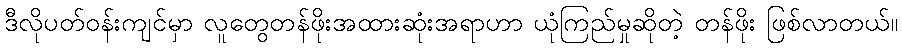
ဒီလိုပတ်ဝန်းကျင်မှာ လူတွေတန်ဖိုးအထားဆုံးအရာဟာ ယုံကြည်မှုဆိုတဲ့ တန်ဖိုး ဖြစ်လာတယ်။